Annual administration report of the Civil Veterinary Department of India - 1905-1906
Year: 1905
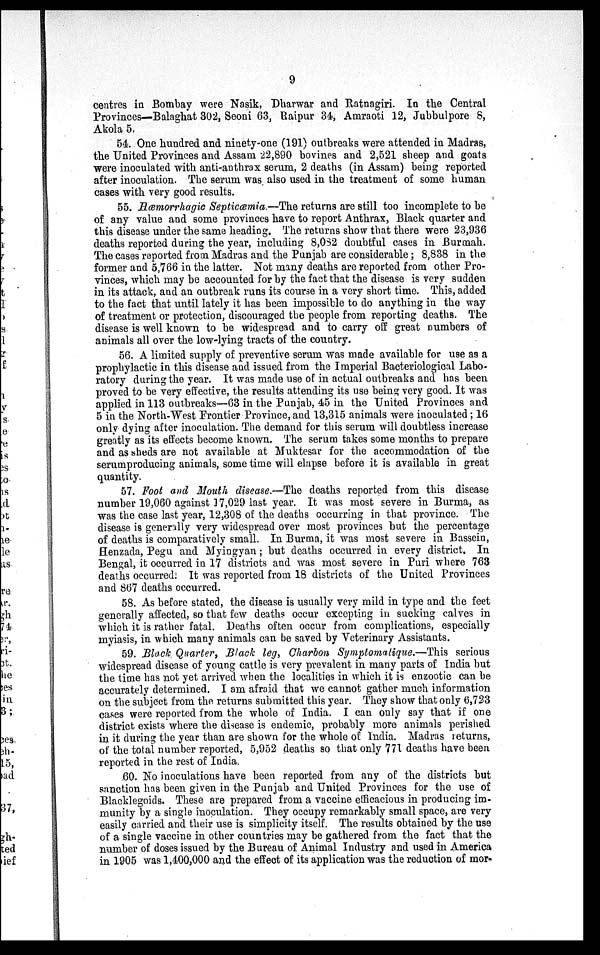
9
centres in Bombay were Nasik, Dharwar and Ratnagiri. In the Central
Provinces—Balaghat 302, Seoni 63, Raipur 34, Amraoti 12, Jubbulpore 8,
Akola 5.
54. One hundred and ninety-one (191) outbreaks were attended in Madras,
the United Provinces and Assam 22,890 bovines and 2,521 sheep and goats
were inoculated with anti-anthrax serum, 2 deaths (in Assam) being reported
after inoculation. The serum was also used in the treatment of some human
cases with very good results.
55. Hæmorrhagic Septicæmia.—The returns are still too incomplete to be
of any value and some provinces have to report Anthrax, Black quarter and
this disease under the same heading. The returns show that there were 23,936
deaths reported during the year, including 8,032 doubtful cases in Burmah.
The cases reported from Madras and the Punjab are considerable; 8,838 in the
former and 5,766 in the latter. Not many deaths are reported from other Pro-
vinces, which may be accounted for by the fact that the disease is very sudden
in its attack, and an outbreak runs its course in a very short time. This, added
to the fact that until lately it has been impossible to do anything in the way
of treatment or protection, discouraged the people from reporting deaths. The
disease is well known to be widespread and to carry off great numbers of
animals all over the low-lying tracts of the country.
56. A limited supply of preventive serum was made available for use as a
prophylactic in this disease and issued from the Imperial Bacteriological Labo-
ratory during the year. It was made use of in actual outbreaks and has been
proved to be very effective, the results attending its use being very good. It was
applied in 113 outbreaks—63 in the Punjab, 45 in the United Provinces and
5 in the North-West Frontier Province, and 13,315 animals were inoculated ; 16
only dying after inoculation. The demand for this serum will doubtless increase
greatly as its effects become known. The serum takes some months to prepare
and as sheds are not available at Muktesar for the accommodation of the
serumproducing animals, some time will elapse before it is available in great
quantity.
57. Foot and Mouth disease.—The deaths reported from this disease
number 19,060 against 17,029 last year. It was most severe in Burma, as
was the case last year, 12,308 of the deaths occurring in that province. The
disease is generally very widespread over most provinces but the percentage
of deaths is comparatively small. In Burma, it was most severe in Bassein,
Henzada, Pegu and Myingyan; but deaths occurred in every district. In
Bengal, it occurred in 17 districts and was most severe in Puri where 763
deaths occurred. It was reported from 18 districts of the United Provinces
and 867 deaths occurred.
58. As before stated, the disease is usually very mild in type and the feet
generally affected, so that few deaths occur excepting in sucking calves in
which it is rather fatal. Deaths often occur from complications, especially
myiasis, in which many animals can be saved by Veterinary Assistants.
59. Black Quarnter, Black leg, Charbon Symptomatique.—This serious
widespread disease of young cattle is very prevalent in many parts of India but
the time has not yet arrived when the localities in which it is enzootic can be
accurately determined. I am afraid that we cannot gather much information
on the subject from the returns submitted this year. They show that only 6,723
cases were reported from the whole of India. I can only say that if one
district exists where the disease is endemic, probably more animals perished
in it during the year than are shown for the whole of India. Madras returns,
of the total number reported, 5,952 deaths so that only 771 deaths have been
reported in the rest of India.
60. No inoculations have been reported from any of the districts but
sanction has been given in the Punjab and United Provinces for the use of
Blacklegoids. These are prepared from a vaccine efficacious in producing im-
munity by a single inoculation. They occupy remarkably small space, are very
easily carried and their use is simplicity itself. The results obtained by the use
of a single vaccine in other countries may be gathered from the fact that the
number of doses issued by the Bureau of Animal Industry and used in America
in 1905 was 1,400,000 and the effect of its application was the reduction of mor-